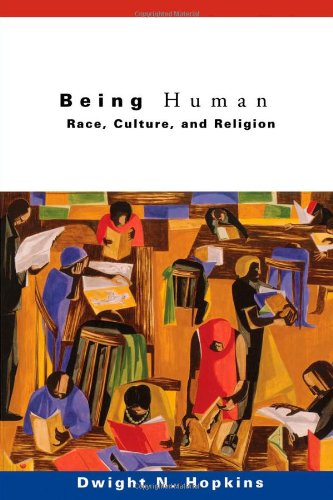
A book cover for Being Human: Race, Culture, and Religion; Dwight N. Hopkins; Christian Books & Bibles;